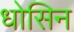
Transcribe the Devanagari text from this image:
धोसिन